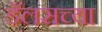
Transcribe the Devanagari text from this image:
डॅलसच्या